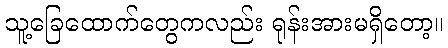
သူ့ခြေထောက်တွေကလည်း ရုန်းအားမရှိတော့။